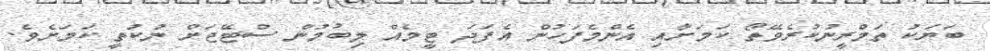
ބަޔަކު ތަމްރީނުކުރެވޭތޯ ކަމަށާއި އެންމެފަހުން އެފަދަ ޓީމެއް ލިބުމުން ސްޓޭޖަށް ނުކުތީ ކަމަށެވެ.